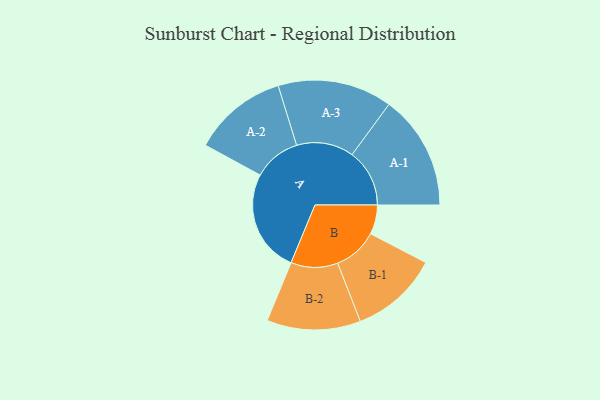
{"axis": {"x": "Segment", "y": "Value"}, "legend": ["", "A", "B"], "data": [{"x": "A", "y": 487, "type": ""}, {"x": "B", "y": 139, "type": ""}, {"x": "A-1", "y": 272, "type": "A"}, {"x": "A-2", "y": 224, "type": "A"}, {"x": "A-3", "y": 271, "type": "A"}, {"x": "B-1", "y": 209, "type": "B"}, {"x": "B-2", "y": 222, "type": "B"}]}